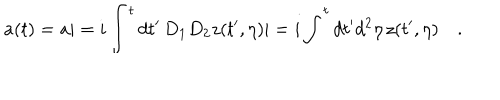
a ( t ) = a | = i \int ^ { t } d t ^ { \prime } \, D _ { 1 } D _ { 2 } z ( t ^ { \prime } , \eta ) | = i \int ^ { t } d t ^ { \prime } d ^ { 2 } \eta \, z ( t ^ { \prime } , \eta ) \quad .